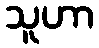
သူဟာ